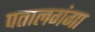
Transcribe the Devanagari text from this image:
पतालगंगा